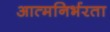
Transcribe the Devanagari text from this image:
आत्‍मनिर्भरता